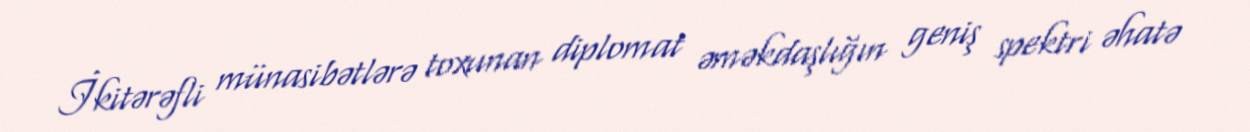
İkitərəfli münasibətlərə toxunan diplomat əməkdaşlığın geniş spektri əhatə